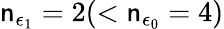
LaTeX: \mathsf{n}_{\epsilon_{1}}=2(<\mathsf{n}_{\epsilon_{0}}=4)